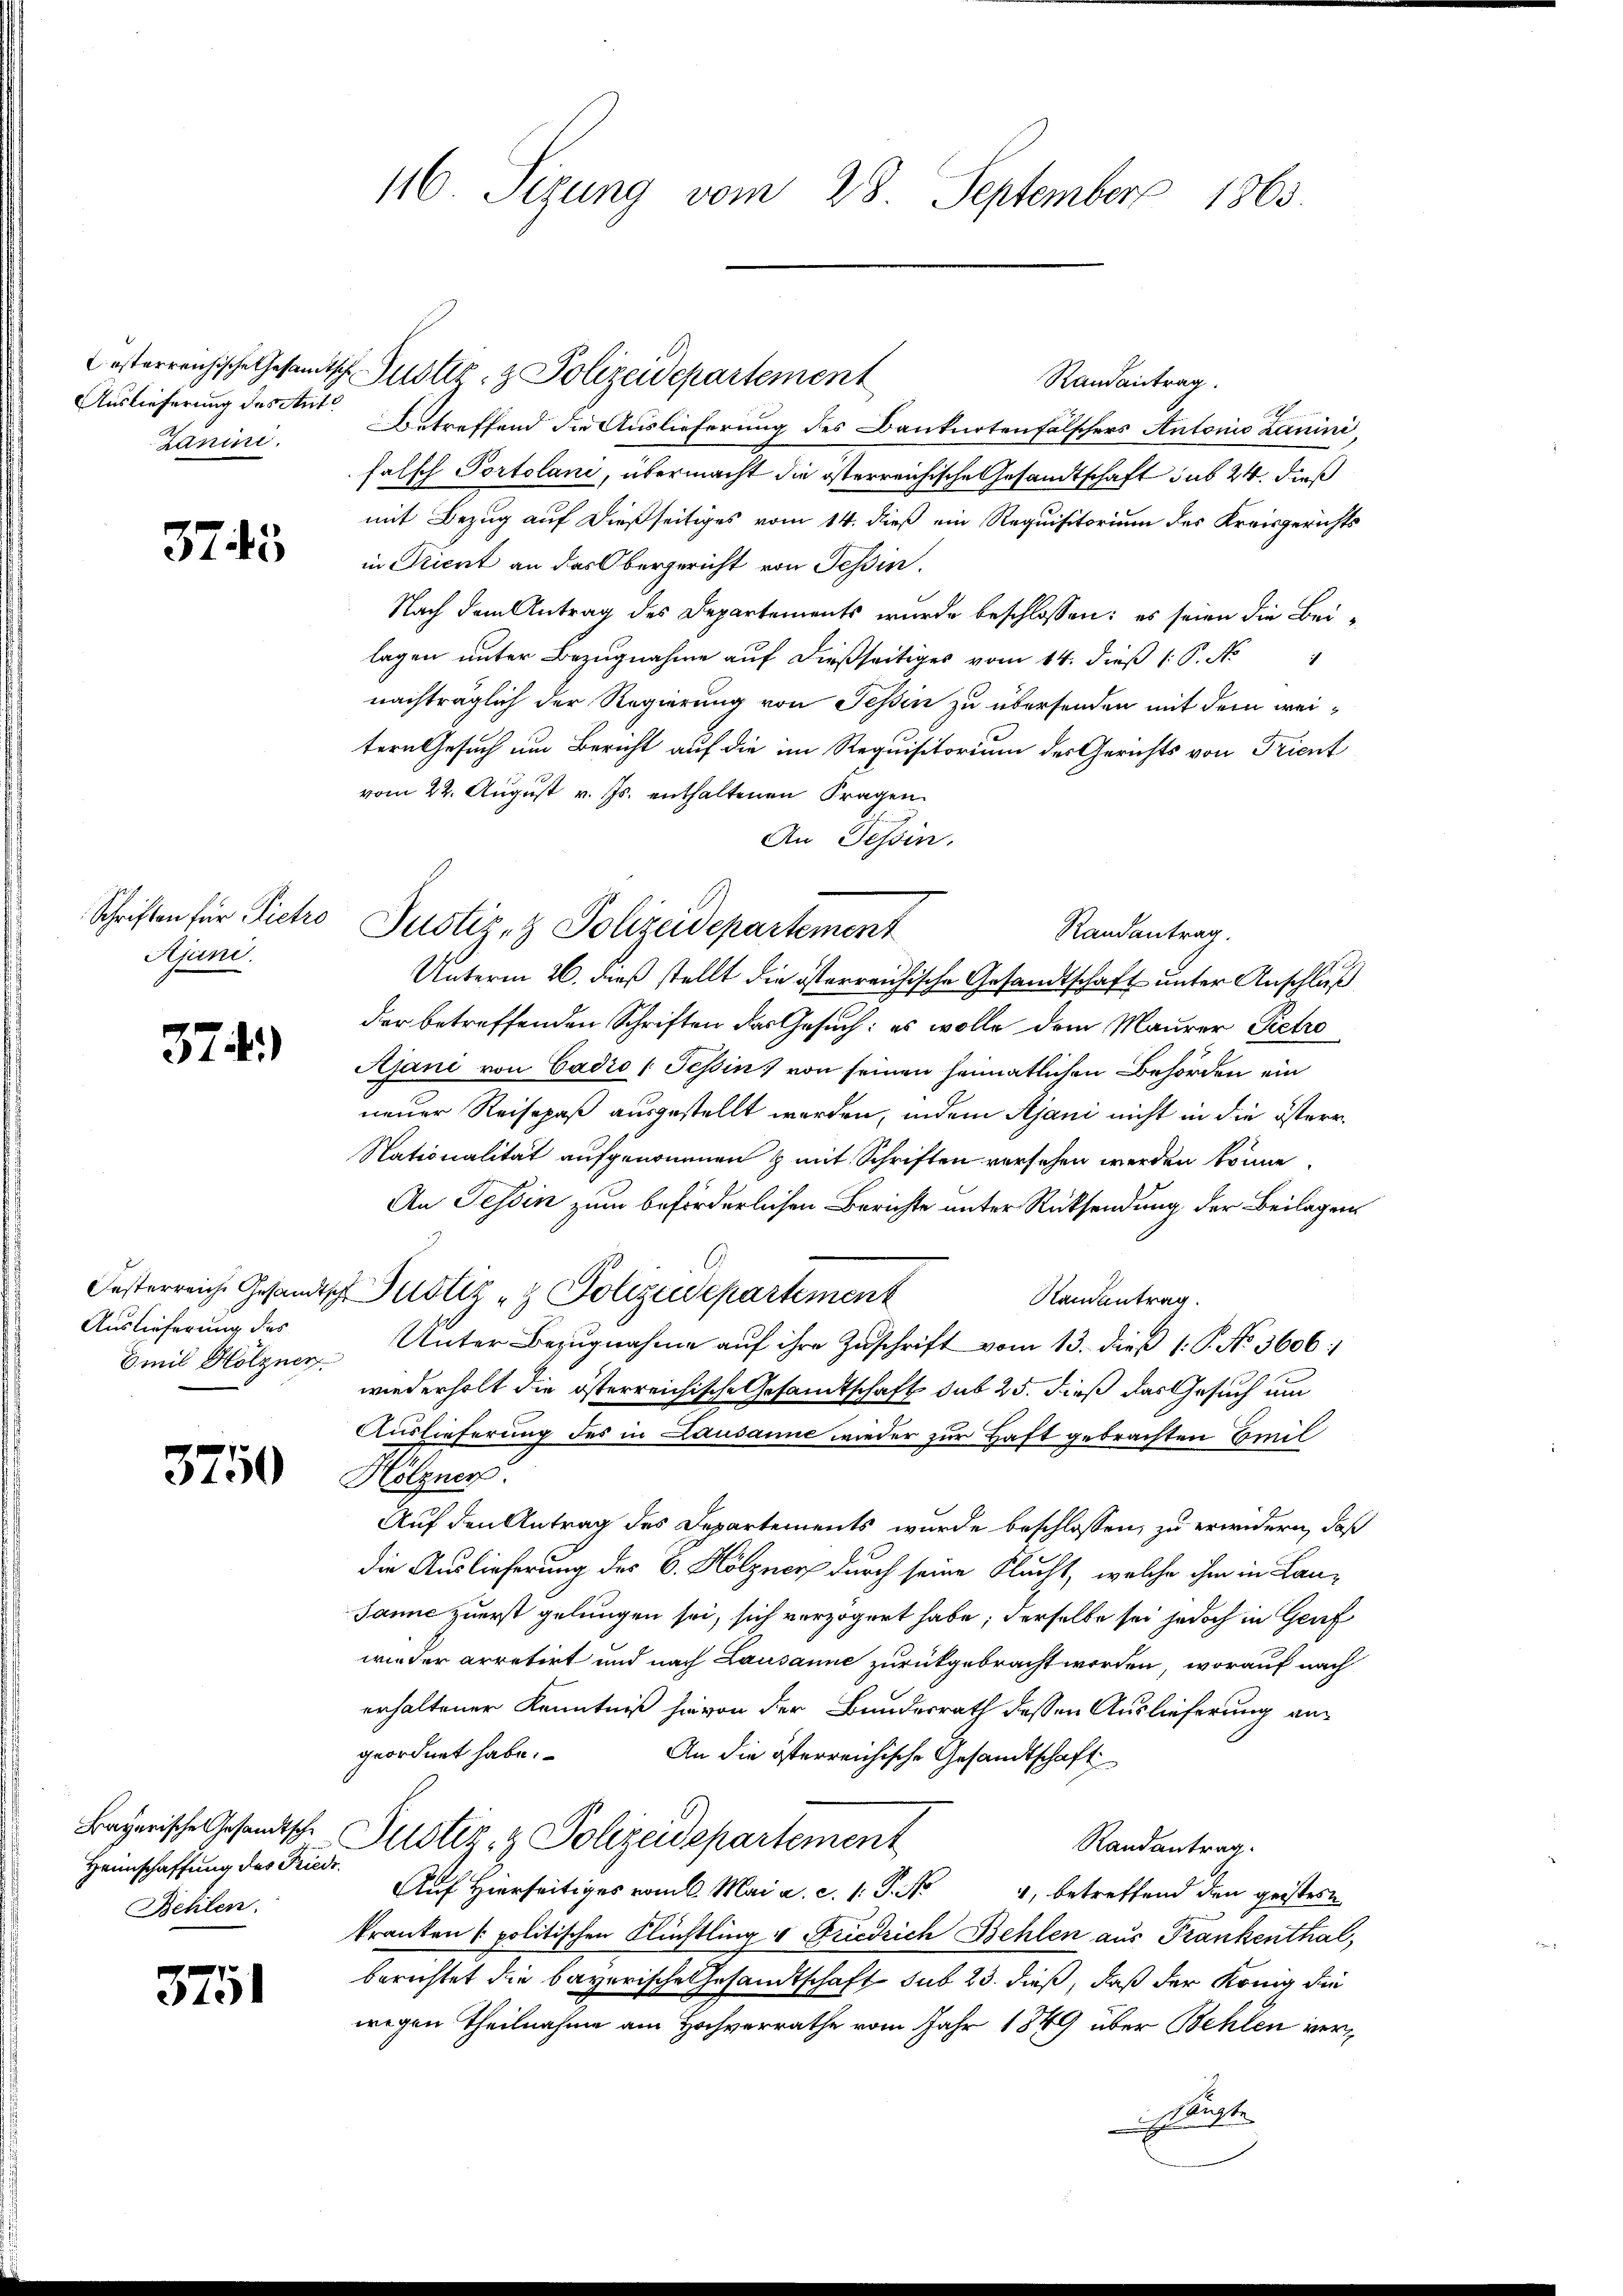
Auslieferung des Ant¬
Zanini.

373

Schriften für Pietro
Ajuni.

374)

Auslieferung des
Emil Holzner

3750

Bayerische Gesandtsche
Heimschaffung des Friedr.
Behlen.

3751

116. Sizung vom 28. September 1863.

Casterreichische Gesandtsche Justiz- & Polizeidepartement
Randantrag.
A
Betreffend die Auslieferung des Dankartenfälschers Antonis Lanini
falsch Portolani, übermacht die österreichische Gesandtschaft sub 24. dieß
mit Bezug auf dießseitiges vom 14. dieß ein Requisitorium des Kreisgerichts
in Trient an das Obergericht von Tessin.
Nach dem Antrag des Departements wurde beschlossen: es seien die Beilagen unter Bezugnahme auf dießseitiges vom 14. dieß 1 S. A
nachträglich der Regierung von Tessin zu übersenden mit dem weitern Gesuch um Bericht auf die im Requisitorium des Gerichts von Trient
vom 22. August v. Js. enthaltenen Fragen
An Tessin.
Justiz- & Polizeidepartement
Randantrag.
Unterm 26. dieß stellt die österreichische Gesandtschaft unter Anschluß
der betreffenden Schriften das Gesuch: es wolle dem Maurer Petro
Ajani von Cadio (Tessin, von seinen heimatlichen Behörden ein
neuer Reisepaß ausgestellt werden, indem Ajani nicht in die österr¬
Nationalität aufgenommen & mit Schriften versehen werden könne.
An Tessin zum beförderlichen Berichte unter Rücksendung der Beilagen
Oesterreiche Gesandtsch Justiz & Polizeidepartement
Randantrag.
Unter Bezugnahme auf ihre Zuschrift vom 13. dieß 1: P. No. 3606:
wiederholt die österreichische Gesandtschaft sub 25. dieß das Gesuch um
Auslieferung des in Lausanne wieder zur Haft gebrachten Emil
Hölzner
Auf den Antrag des Departements wurde beschlossen, zu erwidern, daß
die Auslieferung des B. Hölzner durch seine Flucht, welche ihm in Lan¬
Janić zuerst gelungen sei, sich verzögert habe; derselbe sei jedoch in Genf
wieder arretirt und nach Lausanne zurückgebracht worden, worauf nach
erhaltener Kenntniß hievon der Bundesrath dessen Auslieferung angeordnet habe.
An die österreichische Gesandtschaft
Justiz- & Polizeidepartement
Randantrag.
Auf Hierseitiges vom k. Mai a. c. 1. P. Nr. 4, betreffend den geistern
kranken politischen Flüchtling u Friedrich Behlen aus Frankenthal,
berichtet die bayerische Gesandtschaft sub 23. dieß, daß der König die
wegen Theilnahme am Hochverrathe vom Jahr 1849 über Behlen ver¬
 Fauste